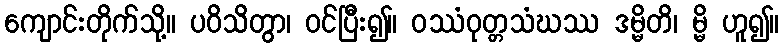
ကျောင်းတိုက်သို့။ ပဝိသိတွာ၊ ဝင်ပြီး၍။ ဝဿံဝုတ္တသံဃဿ ဒမ္မိတိ၊ မ္မိ ဟူ၍။